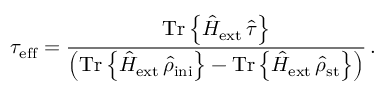
\tau _ { \mathrm { e f f } } = \frac { \mathrm { T r } \left\{ { \hat { H } } _ { \mathrm { e x t } } \, { \hat { \tau } } \right\} } { \left( \mathrm { T r } \left\{ { \hat { H } } _ { \mathrm { e x t } } \, { \hat { \rho } } _ { \mathrm { i n i } } \right\} - \mathrm { T r } \left\{ { \hat { H } } _ { \mathrm { e x t } } \, { \hat { \rho } } _ { \mathrm { s t } } \right\} \right) } \, .